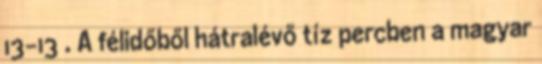
13-13 . A félidőből hátralévő tíz percben a magyar